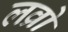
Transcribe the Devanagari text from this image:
लव्रो